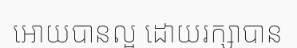
អោយបានល្អ ដោយរក្សាបាន